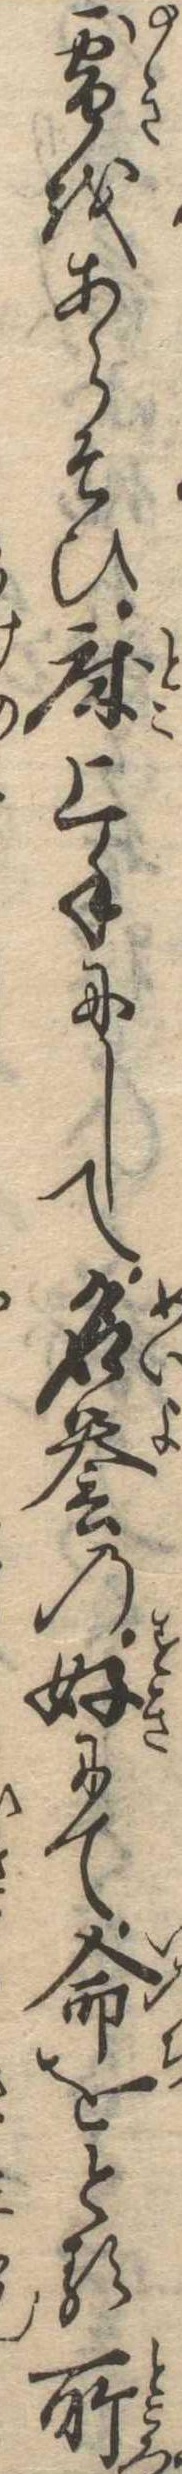
雪をあらそひ床上手にして名誉の好にて命をとる所